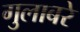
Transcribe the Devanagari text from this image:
गुलाबरे